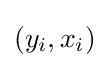
(y_{i},x_{i})